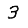
Digit: 3